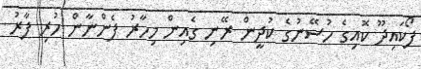
ފޯކައިދޫ ކޮއިގެ ހުސޭނުގެ ކުދީން ރޭނި ގެއިން މިހާރު ފެންނާން ހުރި ފާރު